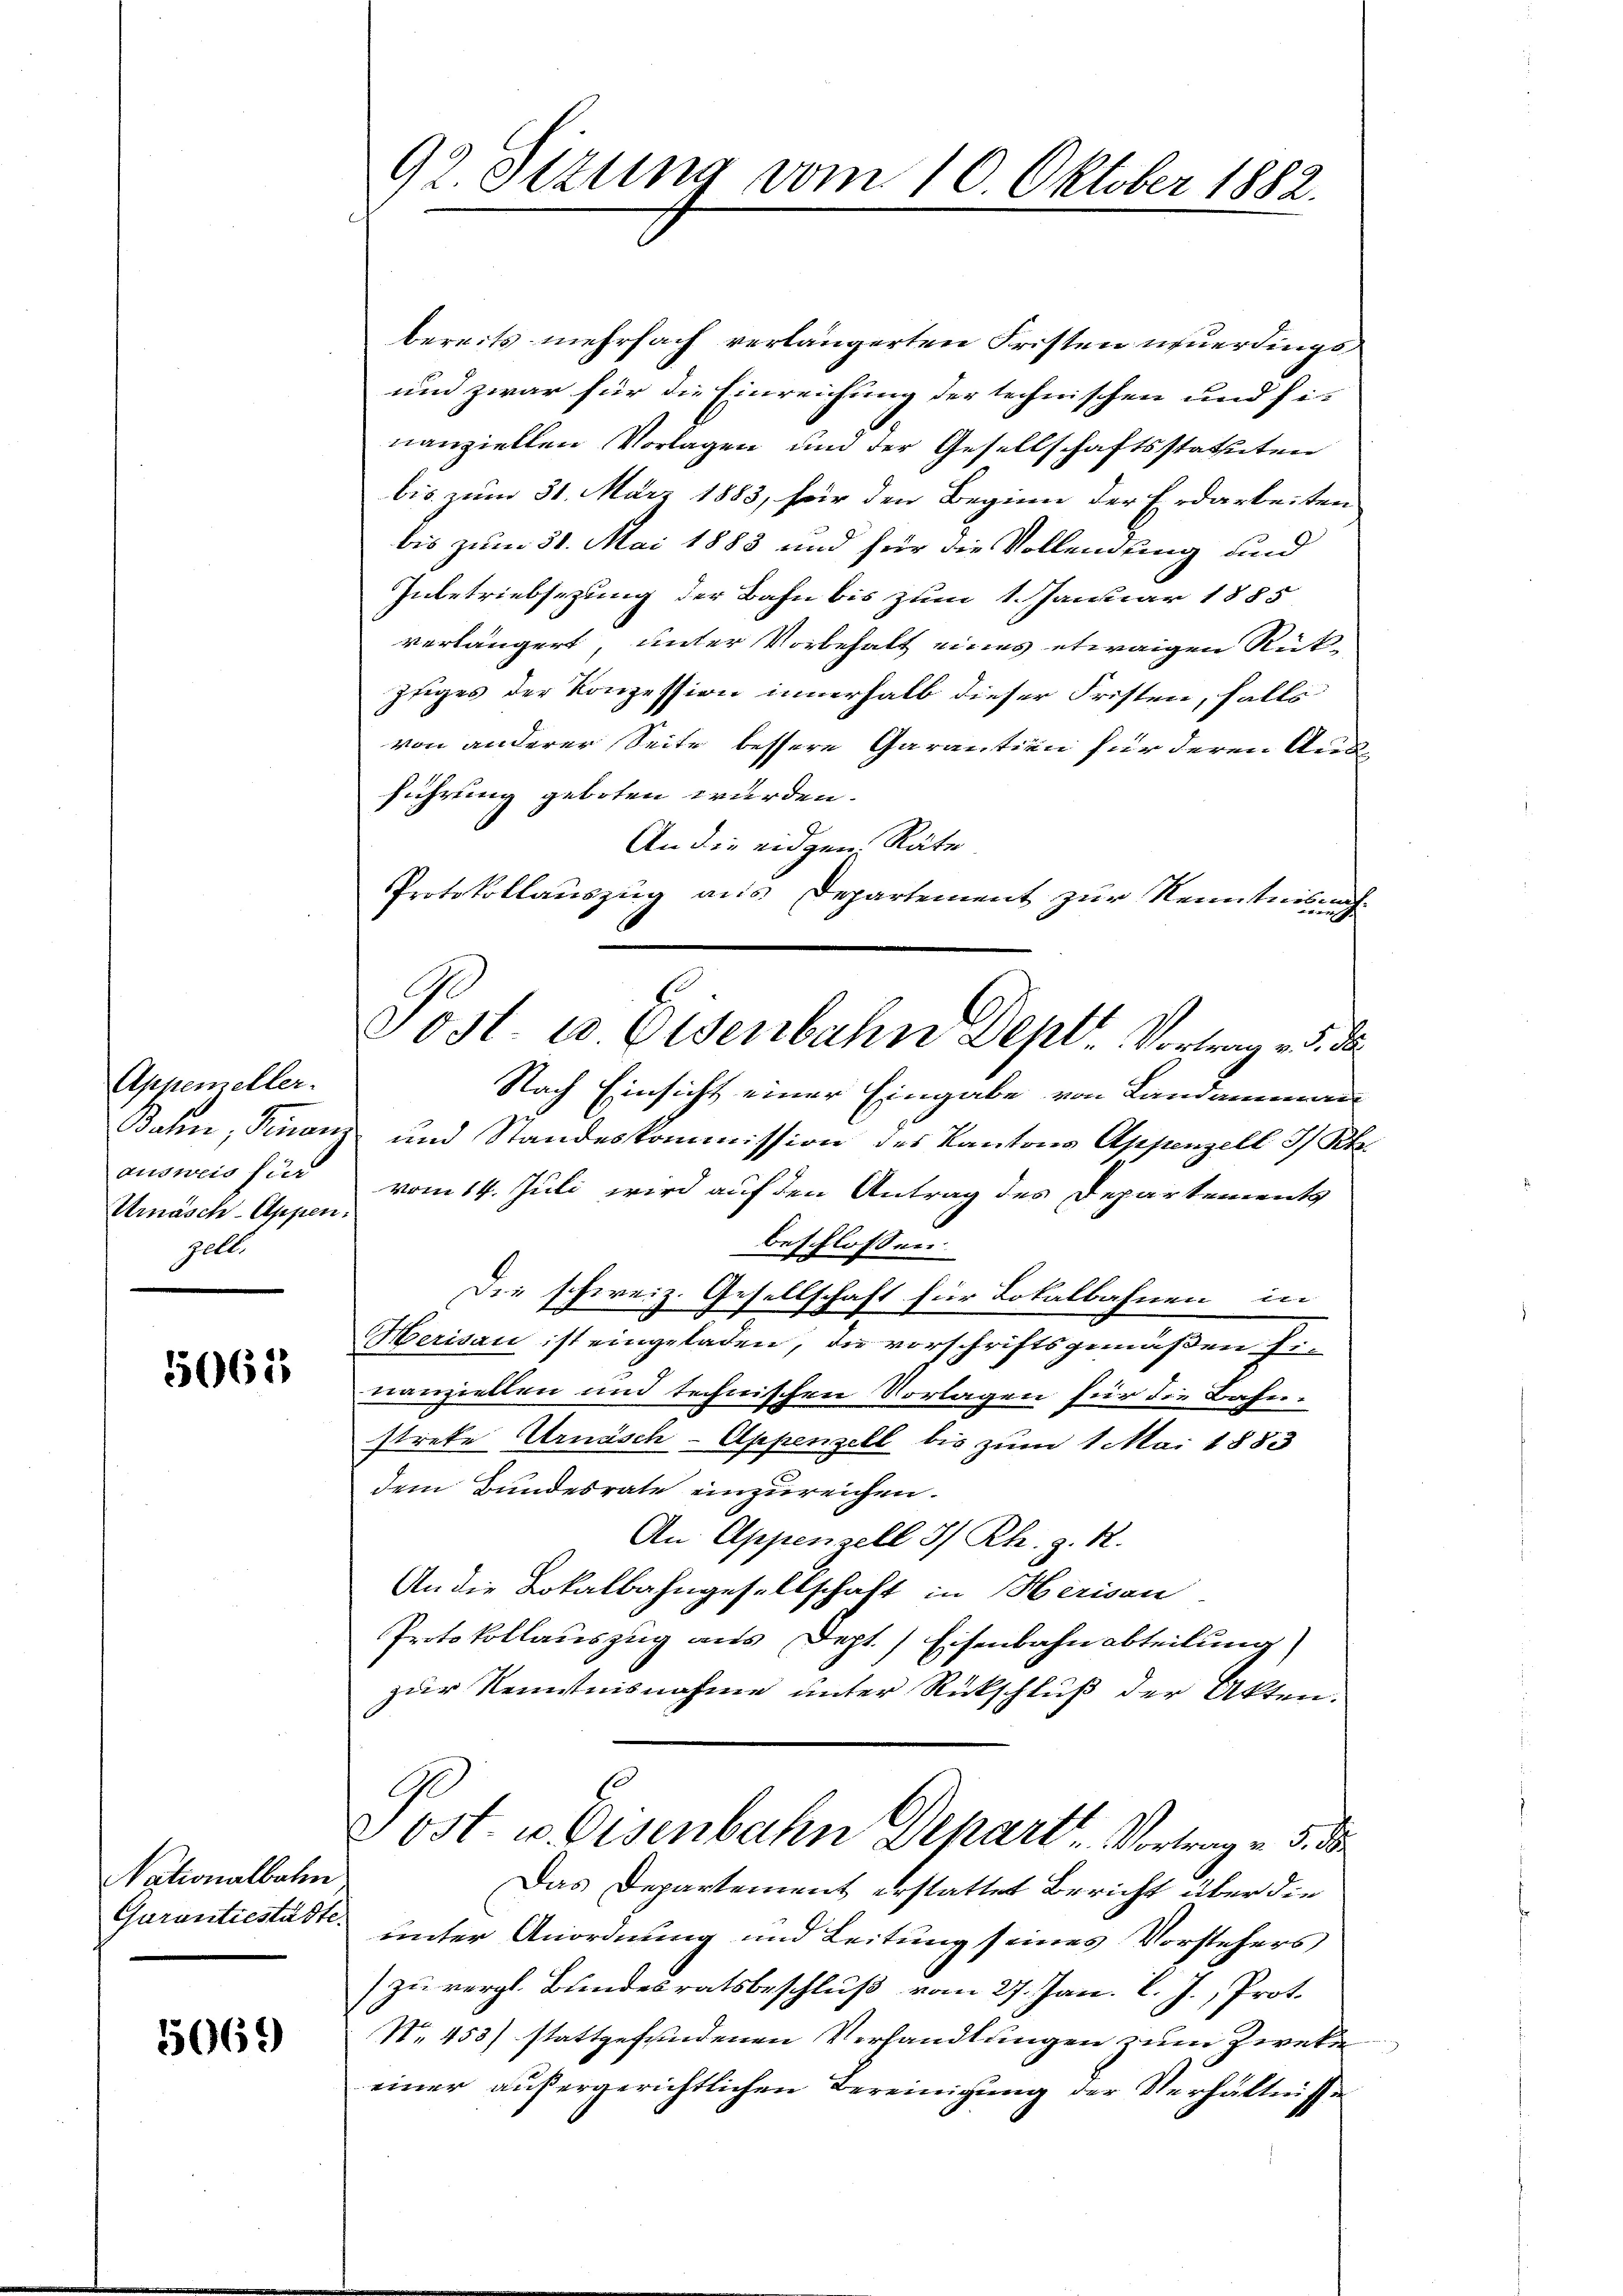
Appemeller.
ausweis sind
Urnasch-Appen.
gellt

5061

Nationalbahn

5069

92. Sizung vom 10. Oktober 1882.

bereits mehrfach verlängerten Fristen neuerdings
und zwar für die Einreichung der technischen und sie
nanziellen Vorlagen und der Gesellschaftsstatuten
bis zum 31. März 1883, für den Beginn der Erdarbeiten
bis zum 31. Mai 1883 und für die Vollendung und
Inbetriebsezung der Bahn bis zum 1. Januar 1885
verlängert, unter Vorbehalt eines etwaigen Rück¬
Zuiges der Konzession innerhalb dieser Fristen, falls
von anderer Seite bessere Garantien für deren Ausführung geboten wurden.
An die eidgen. Räte
Protokollauszug aus Departement zur Kenntnisnah¬
Nach Einsicht einer Eingabe von Landammann
Bahn, Finanz und Standeskommission des Kantons Appenzell I/Rh.
vom 14. Juli wird auf den Antrag des Departements
beschlossen:
Die schweiz. Gesellschaft für Lotalbahnen, in
Herisau ist eingeladen, die vorschriftsgemäßen Finanziellen und technischen Vorlagen für die Bahnstrete Urnasch-Appenzell bis zum 1 Mai 1883
dem Bundesrate einzureichen.
An Appenzell I/Rh. z. R.
An die Lokalbahngesellschaft in Herisau
Protokollauszug aus Dept. Eisenbahn abteilung
zur Kenntnisnahme unter Rückschluß der Akten.
9
Sost. u. Eisenbahn Depart. Vortrag v. 5. d
Das Departement erstattet Bericht über die
Garantiestädte unter Anordnung und Leitung seines Vorstehers
zu vergl. Bundesratsbeschluß vom 27. Jan. l. J., Prot.
Nr. 453) stattgefundenen Verhandlungen zum Zweke
einer außergerichtlichen Bereinigung der Verhältnisse

Sost. c. Eisenbahn Deptr. Vortrag v. d. d.